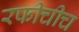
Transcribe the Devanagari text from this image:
रफीचीच